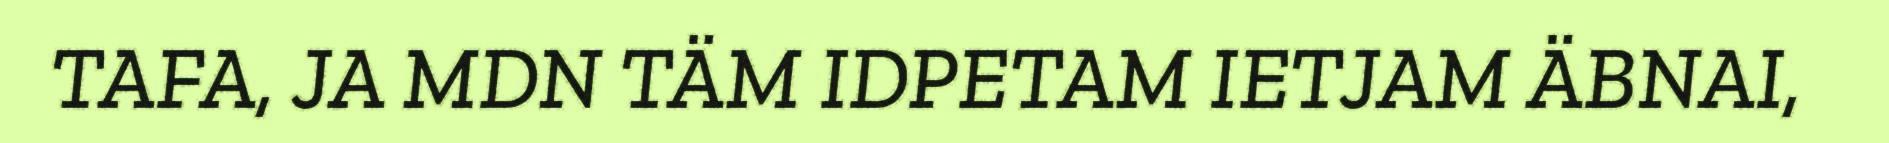
TAFA, JA MDN TÄM IDPETAM IETJAM ÄBNAI,